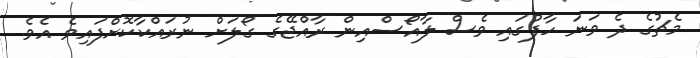
މެޗުގެ ދެ ވަނަ ހާފުގައި ވެސް ލާއޯސްއިން ރާއްޖޭގެ ގޯލަށް ނުރައްކާކޮށްފައިވެ އެވެ.